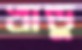
খান্ডু